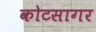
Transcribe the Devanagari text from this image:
कोटसागर